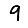
Digit: 9